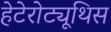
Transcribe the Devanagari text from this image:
हेटेरोट्यूथिस